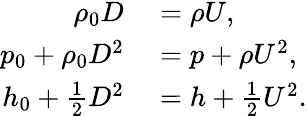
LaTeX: \begin{array}{rl}{\rho_{0}D}&{{}=\rho U,}\\ {p_{0}+\rho_{0}D^{2}}&{{}=p+\rho U^{2},}\\ {h_{0}+\frac{1}{2}D^{2}}&{{}=h+\frac{1}{2}U^{2}.}\end{array}